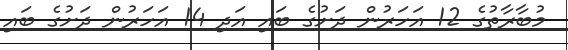
މުބާރާތުގެ 12 އަހަރުން ދަށުގެ ބައި އަދި 14 އަހަރުން ދަށުގެ ބައި